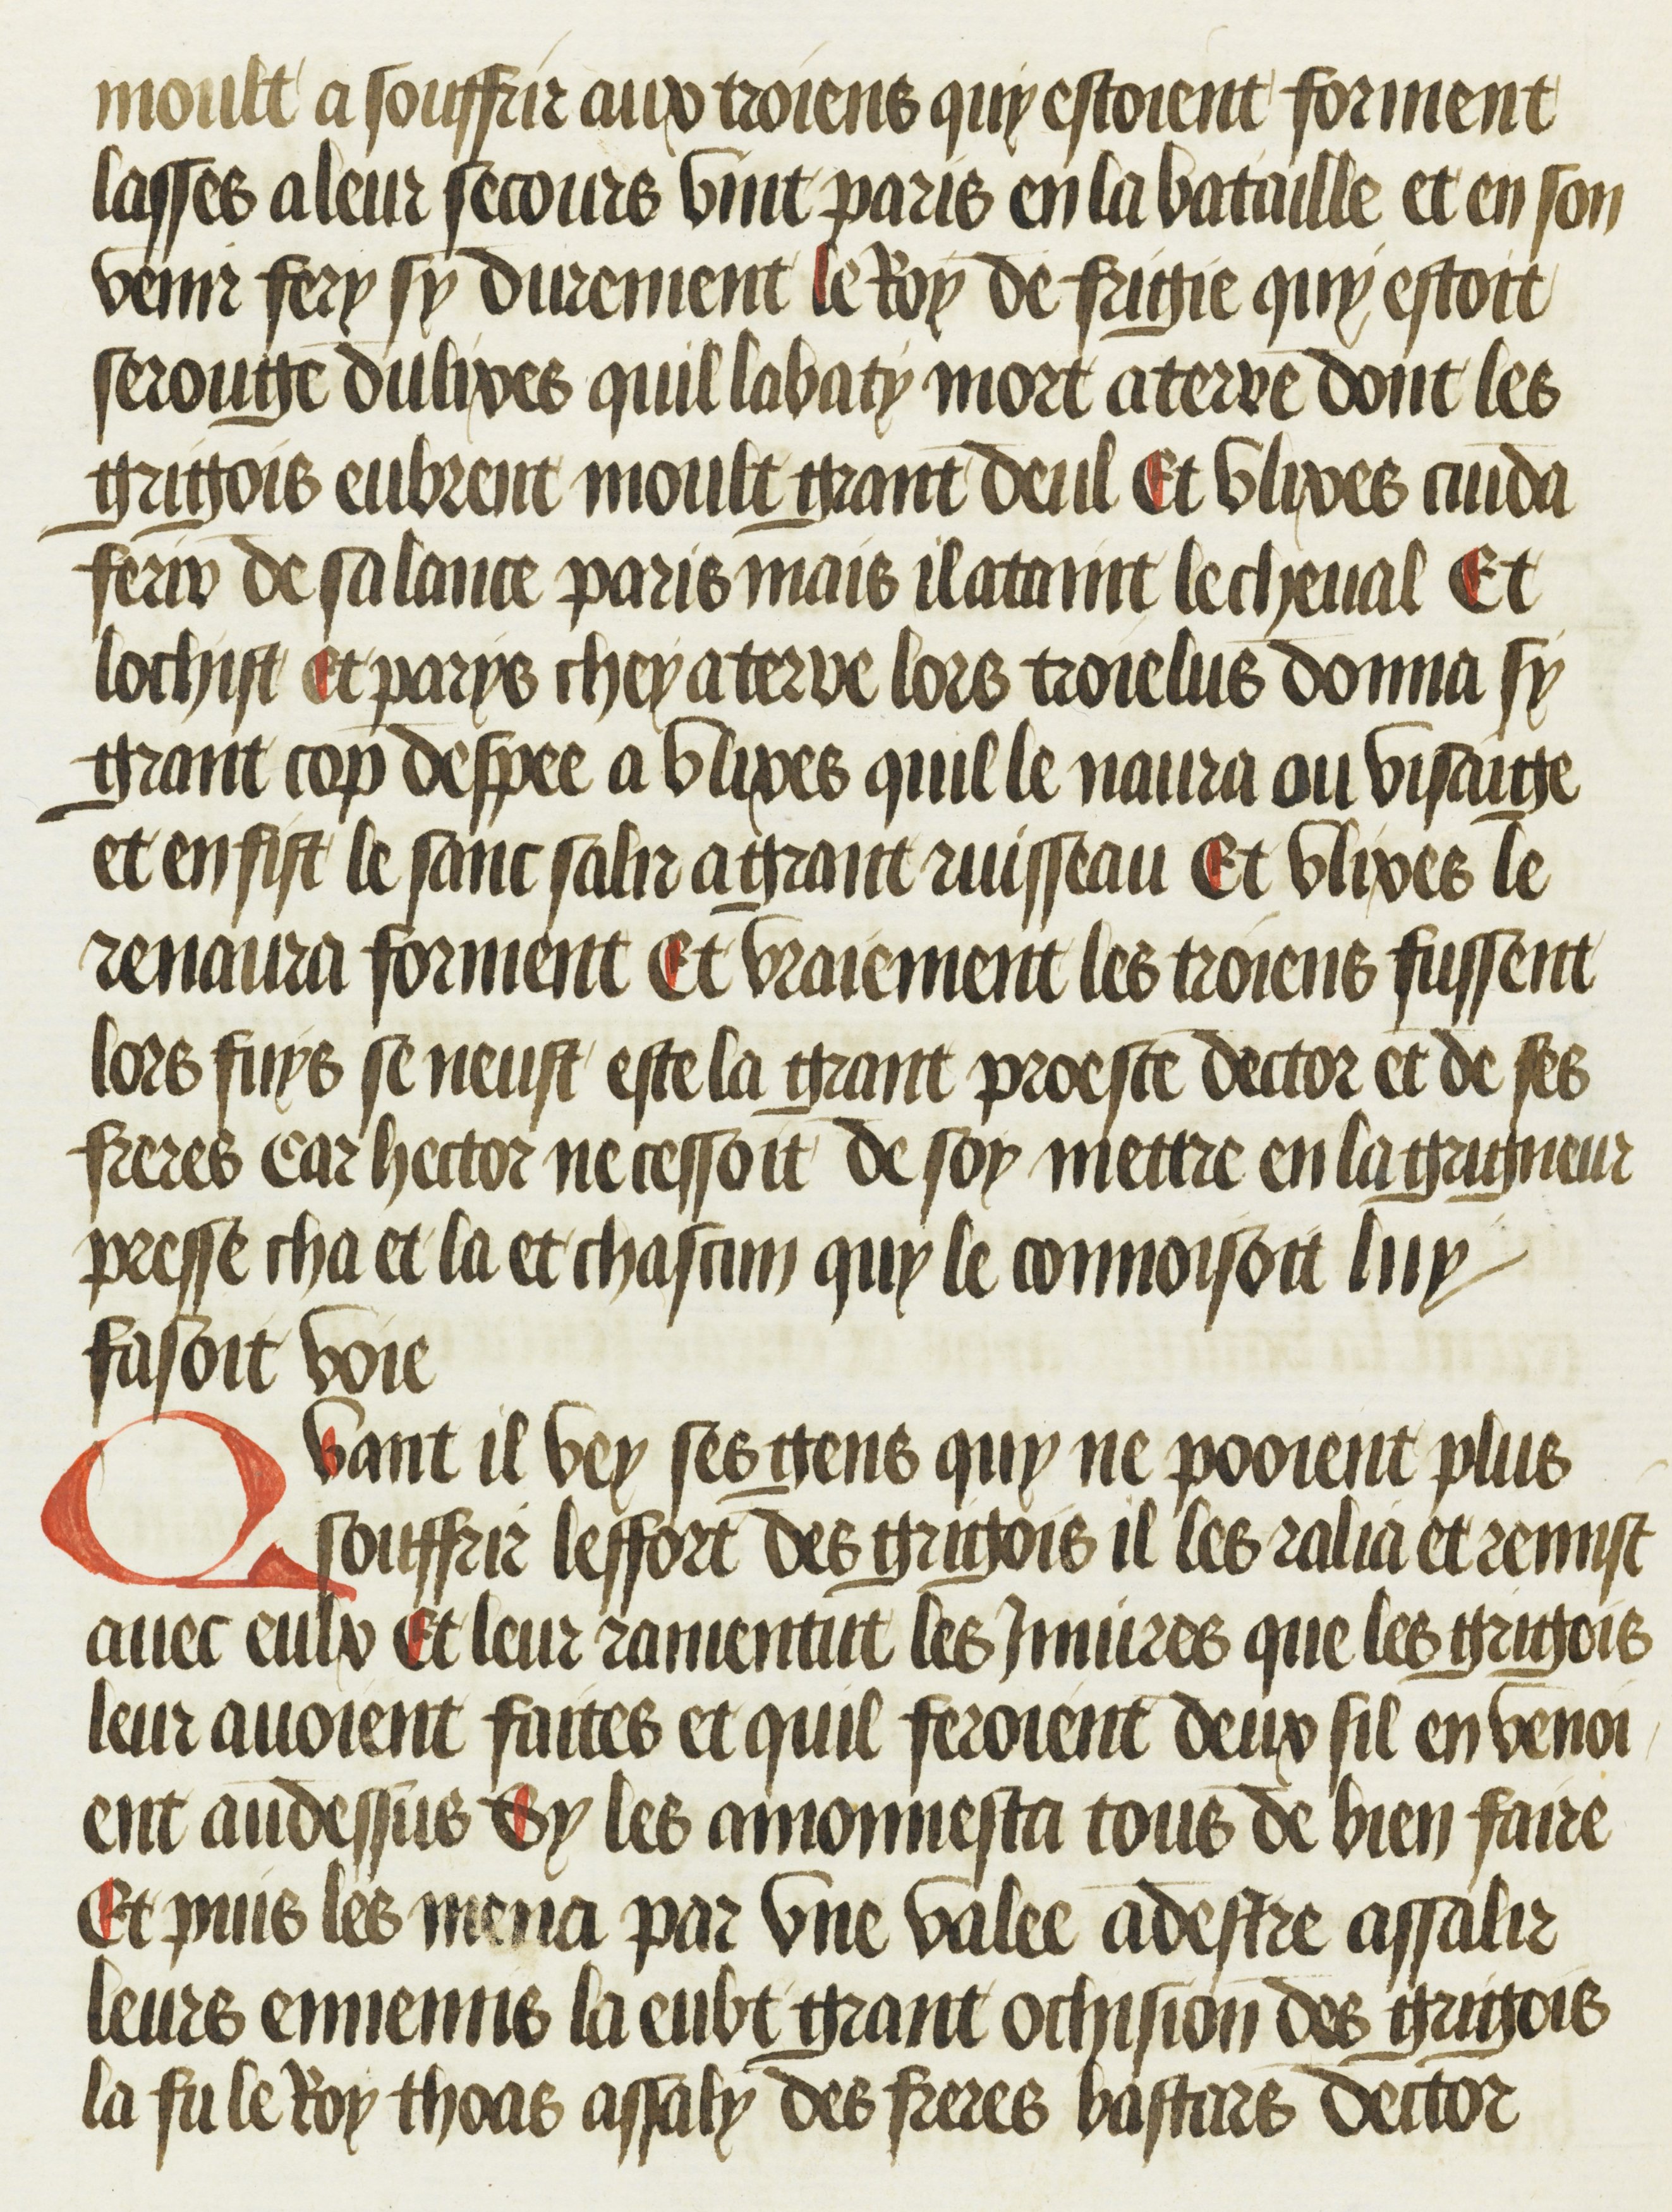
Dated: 1469–1469